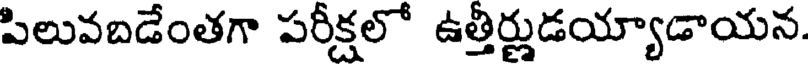
పిలువబడేంతగా పరీక్షలో ఉత్తీర్ణుడయ్యాడాయన.